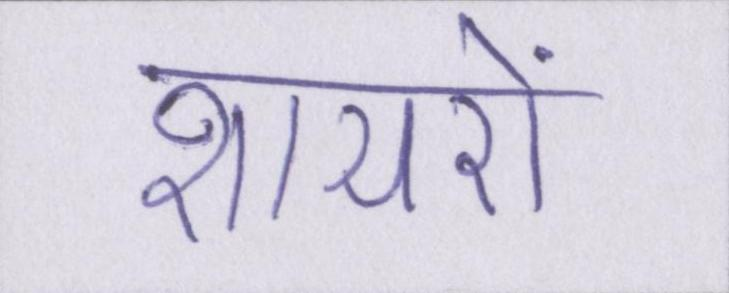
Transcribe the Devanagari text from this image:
शायरों